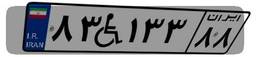
۸۳W۱۳۳۸۸